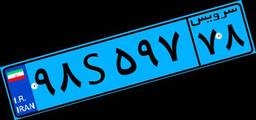
۵۲S۳۳۱۴۵